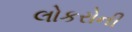
લોકરોની